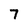
Character: 7